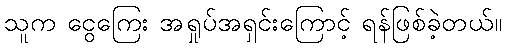
သူက ငွေကြေး အရှုပ်အရှင်းကြောင့် ရန်ဖြစ်ခဲ့တယ်။